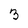
Character: 3